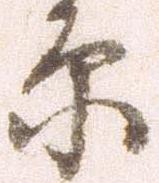
原